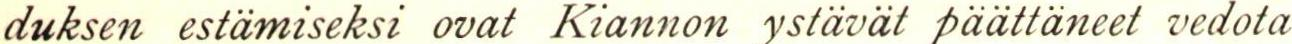
duksen estämiseksi ovat Kiannon ystävät päättäneet vedota